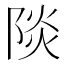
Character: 𮥐